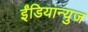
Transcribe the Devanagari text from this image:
ईंडियान्युज